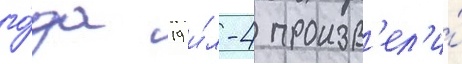
го́да 19 и́л-4 произв'ел'и́